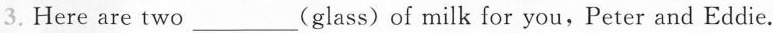
3.Here are two___(glass)of milk for you,Peter and Eddie.